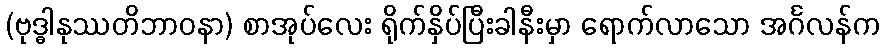
(ဗုဒ္ဓါနုဿတိဘာဝနာ) စာအုပ်လေး ရိုက်နှိပ်ပြီးခါနီးမှာ ရောက်လာသော အင်္ဂလန်က